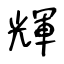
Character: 輝